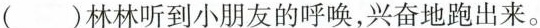
()林林听到小朋友的呼唤，兴奋地跑出来。